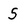
Character: s